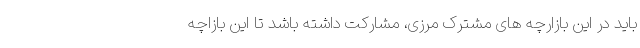
باید در این بازارچه های مشترک مرزی، مشارکت داشته باشد تا این بازاچه